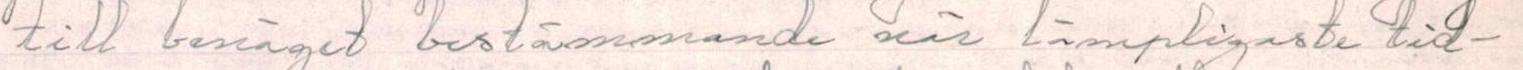
till benäget bestämmande när lämpligaste tid-